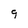
Character: 9